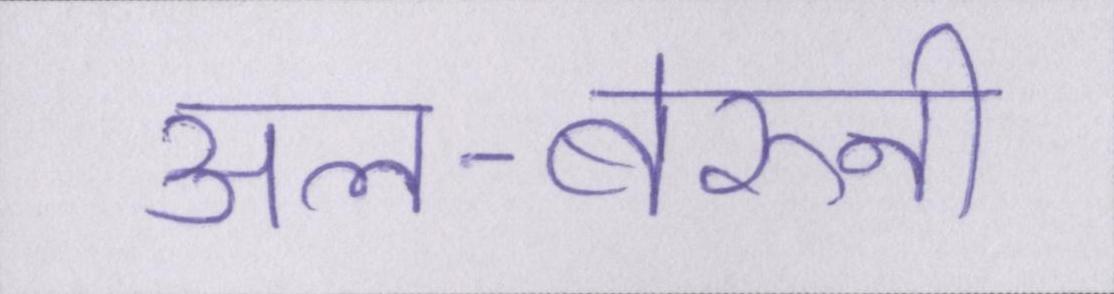
अल-बेरुनी